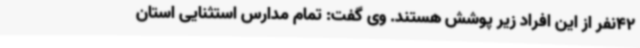
42نفر از این افراد زیر پوشش هستند. وی گفت: تمام مدارس استثنایی استان